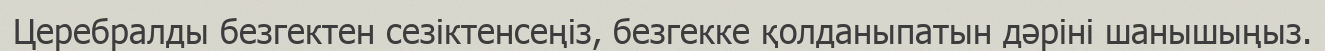
Церебралды безгектен сезіктенсеңіз, безгекке қолданыпатын дәріні шанышыңыз.